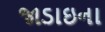
જાડાઇના